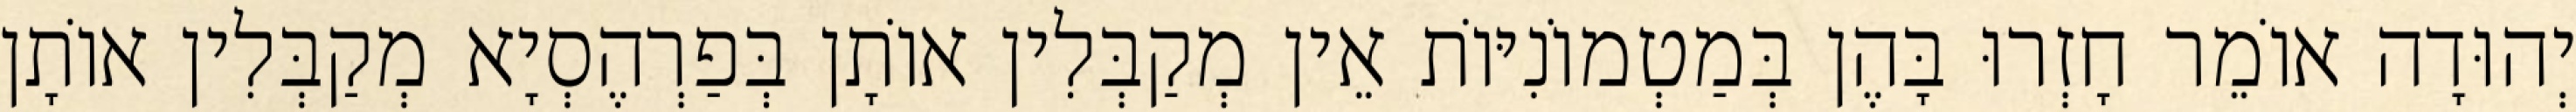
יְהוּדָה אוֹמֵר חָזְרוּ בָּהֶן בְּמַטְמוֹנִיּוֹת אֵין מְקַבְּלִין אוֹתָן בְּפַרְהֶסְיָא מְקַבְּלִין אוֹתָן